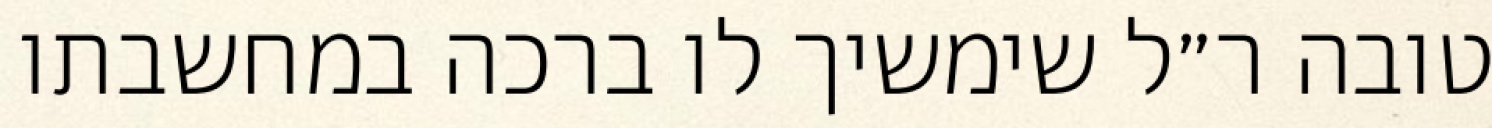
טובה ר״ל שימשיך לו ברכה במחשבתו